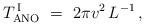
LaTeX: \begin{align*}T_{\rm ANO}^{\, \rm I}\ =\ {2\pi v^2}\, L^{-1}\,,\end{align*}